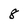
Character: 8